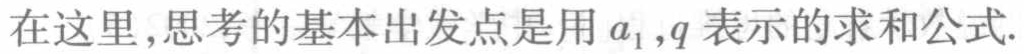
在这里,思考的基本出发点是用 \(a_1,q\) 表示的求和公式.